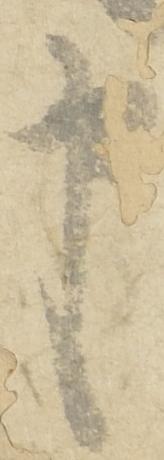
申